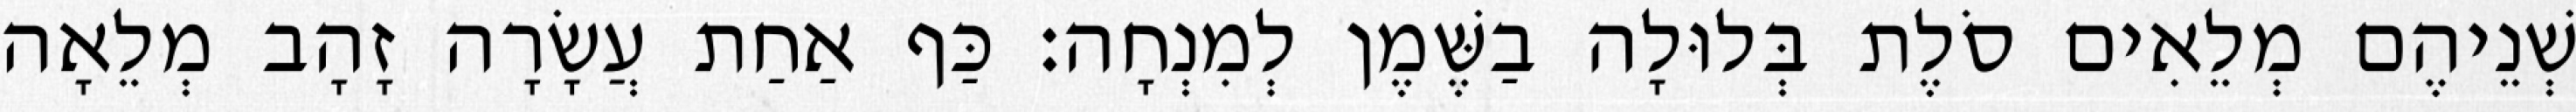
שְׁנֵיהֶם מְלֵאִים סֹלֶת בְּלוּלָה בַשֶּׁמֶן לְמִנְחָה׃ כַּף אַחַת עֲשָׂרָה זָהָב מְלֵאָה